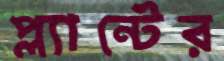
প্ল্যান্টের